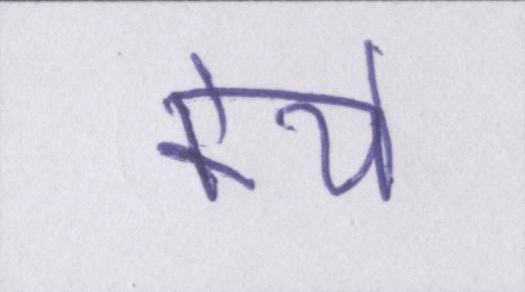
केये